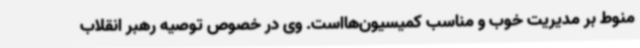
منوط بر مدیریت خوب و مناسب کمیسیون‌هااست. وی در خصوص توصیه رهبر انقلاب